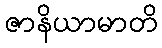
ဇာနိယာမာတိ